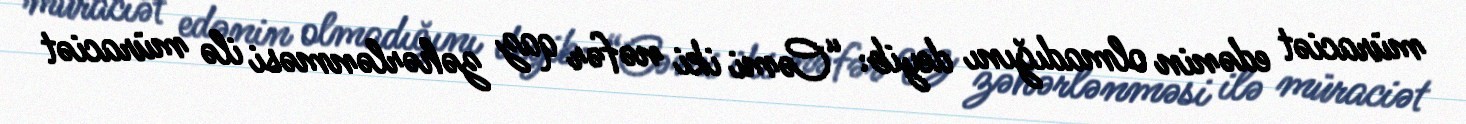
müraciət edənin olmadığını deyib: “Cəmi iki nəfər qaz zəhərlənməsi ilə müraciət